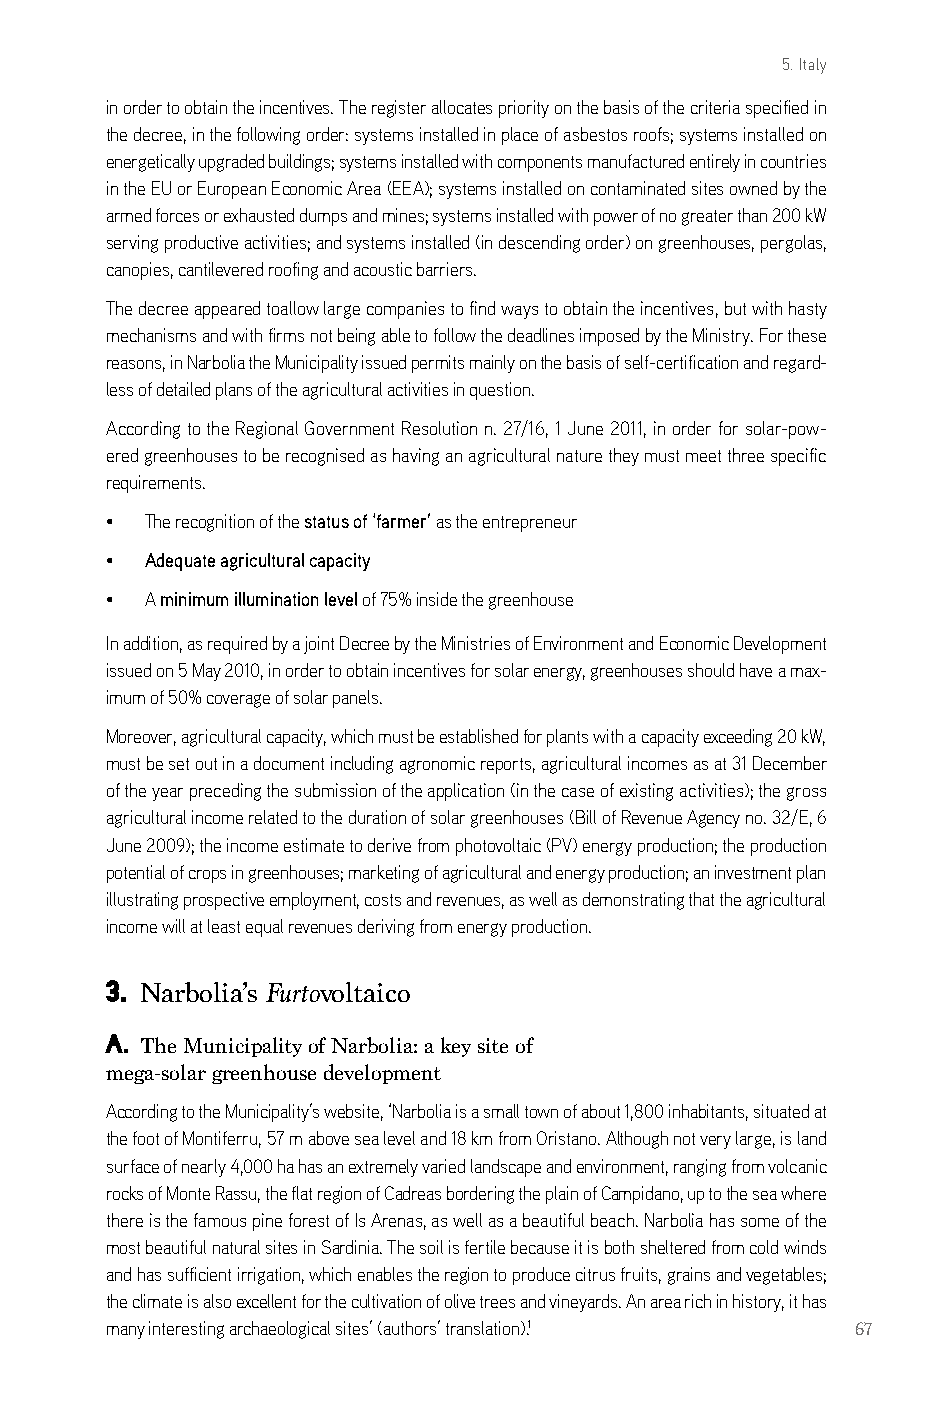
5. Italy
 in order to obtain the incentives. The register allocates priority on the basis of the criteria specified in
 the decree, in the following order: systems installed in place of asbestos roofs; systems installed on
 energetically upgraded buildings; systems installed with components manufactured entirely in countries
 in the eU or european economic area (eea); systems installed on contaminated sites owned by the
 armed forces or exhausted dumps and mines; systems installed with power of no greater than 200 kW
 serving productive activities; and systems installed (in descending order) on greenhouses, pergolas,
 canopies, cantilevered roofing and acoustic barriers.
 The decree appeared toallow large companies to find ways to obtain the incentives, but with hasty
 mechanisms and with firms not being able to follow the deadlines imposed by the Ministry. For these
 reasons, in narbolia the Municipality issued permits mainly on the basis of self-certification and regard-
 less of detailed plans of the agricultural activities in question.
 according to the regional government resolution n. 27/16, 1 June 2011, in order for solar-pow-
 ered greenhouses to be recognised as having an agricultural nature they must meet three specific
 requirements.
 •  The recognition of the status of ‘farmer’ as the entrepreneur
 •  Adequate agricultural capacity
 •  a minimum illumination level of 75% inside the greenhouse
 in addition, as required by a joint decree by the Ministries of environment and economic development
 issued on 5 May 2010, in order to obtain incentives for solar energy, greenhouses should have a max-
 imum of 50% coverage of solar panels.
 Moreover, agricultural capacity, which must be established for plants with a capacity exceeding 20 kW,
 must be set out in a document including agronomic reports, agricultural incomes as at 31 december
 of the year preceding the submission of the application (in the case of existing activities); the gross
 agricultural income related to the duration of solar greenhouses (bill of revenue agency no. 32/e, 6
 June 2009); the income estimate to derive from photovoltaic (PV) energy production; the production
 potential of crops in greenhouses; marketing of agricultural and energy production; an investment plan
 illustrating prospective employment, costs and revenues, as well as demonstrating that the agricultural
 income will at least equal revenues deriving from energy production.
 3. Narbolia’s Furtovoltaico
 a.
 The Municipality of Narbolia: a key site of
 mega-solar greenhouse development
 according to the Municipality’s website, ‘narbolia is a small town of about 1,800 inhabitants, situated at
 the foot of Montiferru, 57 m above sea level and 18 km from oristano. although not very large, is land
 surface of nearly 4,000 ha has an extremely varied landscape and environment, ranging from volcanic
 rocks of Monte rassu, the flat region of cadreas bordering the plain of campidano, up to the sea where
 there is the famous pine forest of is arenas, as well as a beautiful beach. narbolia has some of the
 most beautiful natural sites in sardinia. The soil is fertile because it is both sheltered from cold winds
 and has sufficient irrigation, which enables the region to produce citrus fruits, grains and vegetables;
 the climate is also excellent for the cultivation of olive trees and vineyards. an area rich in history, it has
 many interesting archaeological sites’ (authors’ translation).1 67